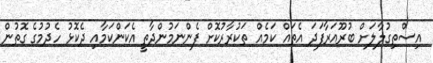
އިސްތިގުލާލަށް ބުރޫއަރާފަދަ އެތައް ކަމެއް ތަކުރާރުކޮށް ފެންނަމުންދާތީ އެކަންކަމާއި ދެކޮޅު ހެދުމުގެ ގޮތުން